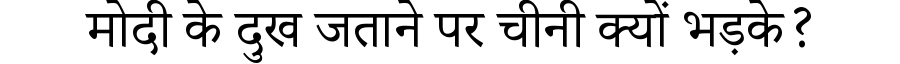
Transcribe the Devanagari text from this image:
मोदी के दुख जताने पर चीनी क्यों भड़के?